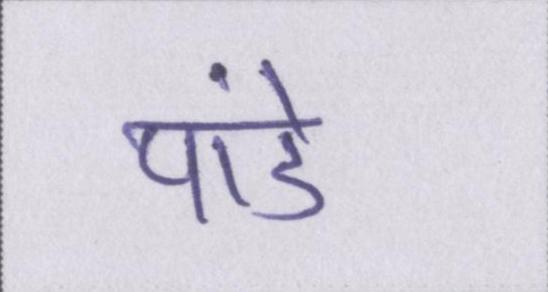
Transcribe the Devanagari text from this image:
पांडे